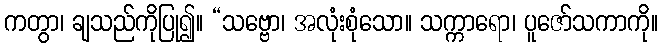
ကတွာ၊ ချသည်ကိုပြု၍။ “သဗ္ဗော၊ အလုံးစုံသော။ သက္ကာရော၊ ပူဇော်သကာကို။